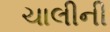
ચાલીની